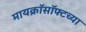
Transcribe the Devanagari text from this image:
मायक्रॉसॉफ्टच्या